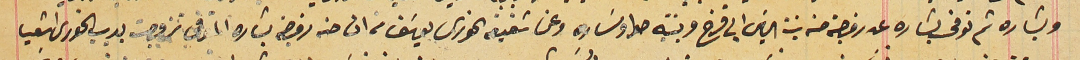
وبشاره ثم توفى بشاره عن زوجته حنه بنت الياسَ ابى قزح وبنتيه حنه وسَاره وعن شقيق الخورى يوسَف من ان حنه زوجة بشاره المتوفى تزوجت بديب الخورى اشعيا